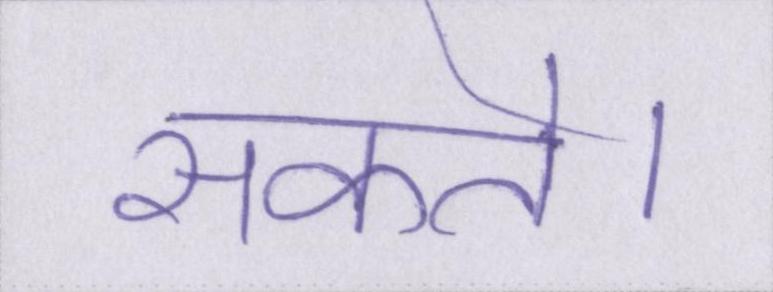
सकते।